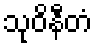
သုဝိနီတံ